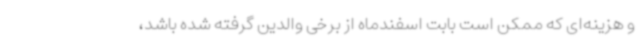
و هزینه‌ای که ممکن است بابت اسفندماه از برخی والدین گرفته شده باشد،